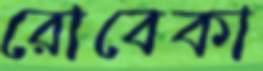
রোবেকা